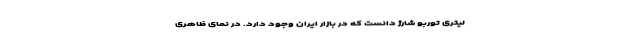
لیتری توربو شارژ دانست که در بازار ایران وجود دارد. در نمای ظاهری